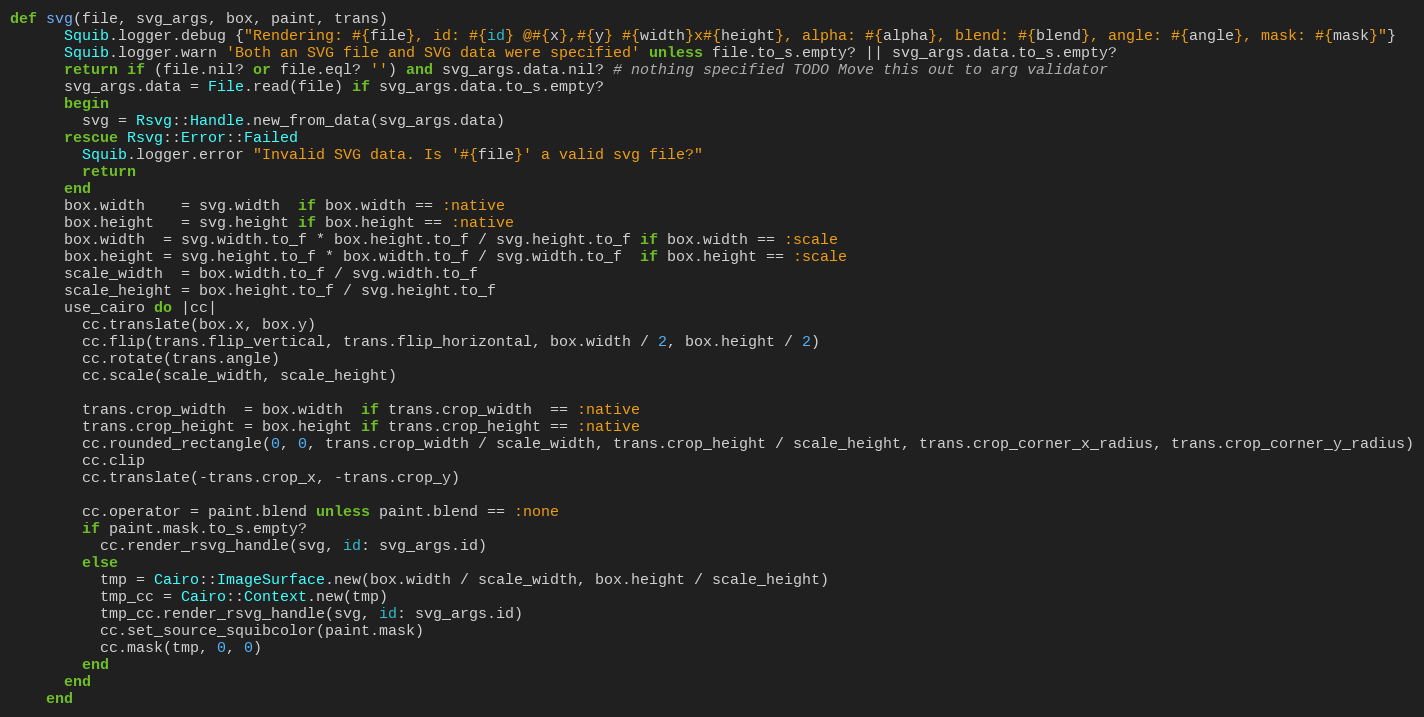
Language: Ruby
def svg(file, svg_args, box, paint, trans)
      Squib.logger.debug {"Rendering: #{file}, id: #{id} @#{x},#{y} #{width}x#{height}, alpha: #{alpha}, blend: #{blend}, angle: #{angle}, mask: #{mask}"}
      Squib.logger.warn 'Both an SVG file and SVG data were specified' unless file.to_s.empty? || svg_args.data.to_s.empty?
      return if (file.nil? or file.eql? '') and svg_args.data.nil? # nothing specified TODO Move this out to arg validator
      svg_args.data = File.read(file) if svg_args.data.to_s.empty?
      begin
        svg = Rsvg::Handle.new_from_data(svg_args.data)
      rescue Rsvg::Error::Failed
        Squib.logger.error "Invalid SVG data. Is '#{file}' a valid svg file?"
        return
      end
      box.width    = svg.width  if box.width == :native
      box.height   = svg.height if box.height == :native
      box.width  = svg.width.to_f * box.height.to_f / svg.height.to_f if box.width == :scale
      box.height = svg.height.to_f * box.width.to_f / svg.width.to_f  if box.height == :scale
      scale_width  = box.width.to_f / svg.width.to_f
      scale_height = box.height.to_f / svg.height.to_f
      use_cairo do |cc|
        cc.translate(box.x, box.y)
        cc.flip(trans.flip_vertical, trans.flip_horizontal, box.width / 2, box.height / 2)
        cc.rotate(trans.angle)
        cc.scale(scale_width, scale_height)

        trans.crop_width  = box.width  if trans.crop_width  == :native
        trans.crop_height = box.height if trans.crop_height == :native
        cc.rounded_rectangle(0, 0, trans.crop_width / scale_width, trans.crop_height / scale_height, trans.crop_corner_x_radius, trans.crop_corner_y_radius)
        cc.clip
        cc.translate(-trans.crop_x, -trans.crop_y)

        cc.operator = paint.blend unless paint.blend == :none
        if paint.mask.to_s.empty?
          cc.render_rsvg_handle(svg, id: svg_args.id)
        else
          tmp = Cairo::ImageSurface.new(box.width / scale_width, box.height / scale_height)
          tmp_cc = Cairo::Context.new(tmp)
          tmp_cc.render_rsvg_handle(svg, id: svg_args.id)
          cc.set_source_squibcolor(paint.mask)
          cc.mask(tmp, 0, 0)
        end
      end
    end